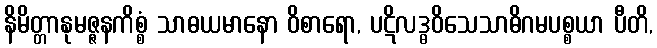
နိမိတ္တာနုမဇ္ဇနကိစ္စံ သာဓယမာနော ဝိစာရော, ပဋိလဒ္ဓဝိသေသာဓိဂမပစ္စယာ ပီတိ,